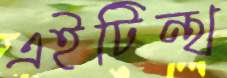
এইটিন্থ